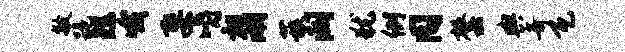
敏跪矩哦娶嚼相湖蔟阔犹例同罄舆奇瓦